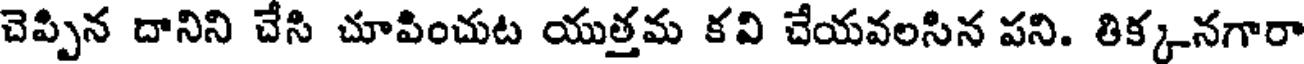
చెప్పిన దానిని చేసి చూపించుట యుత్తమ కవి చేయవలసిన పని. తిక్కనగారా